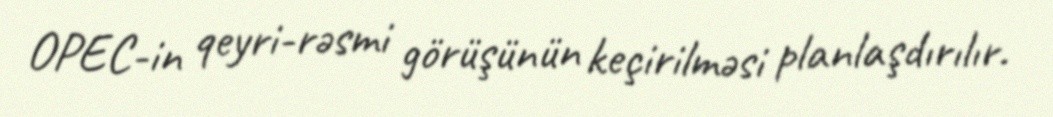
OPEC-in qeyri-rəsmi görüşünün keçirilməsi planlaşdırılır.